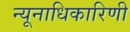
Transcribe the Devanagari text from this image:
न्यूनाधिकारिणी